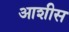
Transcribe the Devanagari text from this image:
आशीस